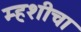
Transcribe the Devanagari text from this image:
म्हशीचा